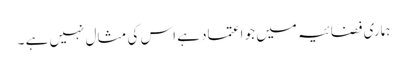
ہماری فضائیہ میں جو اعتماد ہے اس کی مثال نہیں ہے ۔